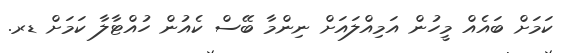
ކަމަށް ބައެއް މީހުން އަމިއްލައަށް ނިންމާ ބޭސް ކެއުން ހުއްޓާލާ ކަމަށް ޑރ.